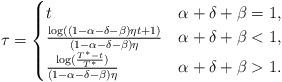
LaTeX: \begin{align*}\tau=\begin{cases}t &\alpha+\delta+\beta=1,\\\frac{\log((1-\alpha-\delta-\beta)\eta t+1)}{(1-\alpha-\delta-\beta)\eta} &\alpha+\delta+\beta<1,\\\frac{\log(\frac{T^*-t}{T^*})}{(1-\alpha-\delta-\beta)\eta} &\alpha+\delta+\beta>1.\end{cases}\end{align*}